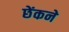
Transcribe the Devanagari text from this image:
छेंकने